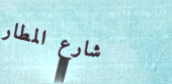
شارع المطار